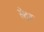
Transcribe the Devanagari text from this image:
सेदर